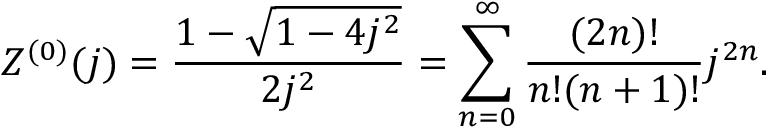
Z ^ { ( 0 ) } ( j ) = \frac { 1 - \sqrt { 1 - 4 j ^ { 2 } } } { 2 j ^ { 2 } } = \sum _ { n = 0 } ^ { \infty } \frac { ( 2 n ) ! } { n ! ( n + 1 ) ! } j ^ { 2 n } .